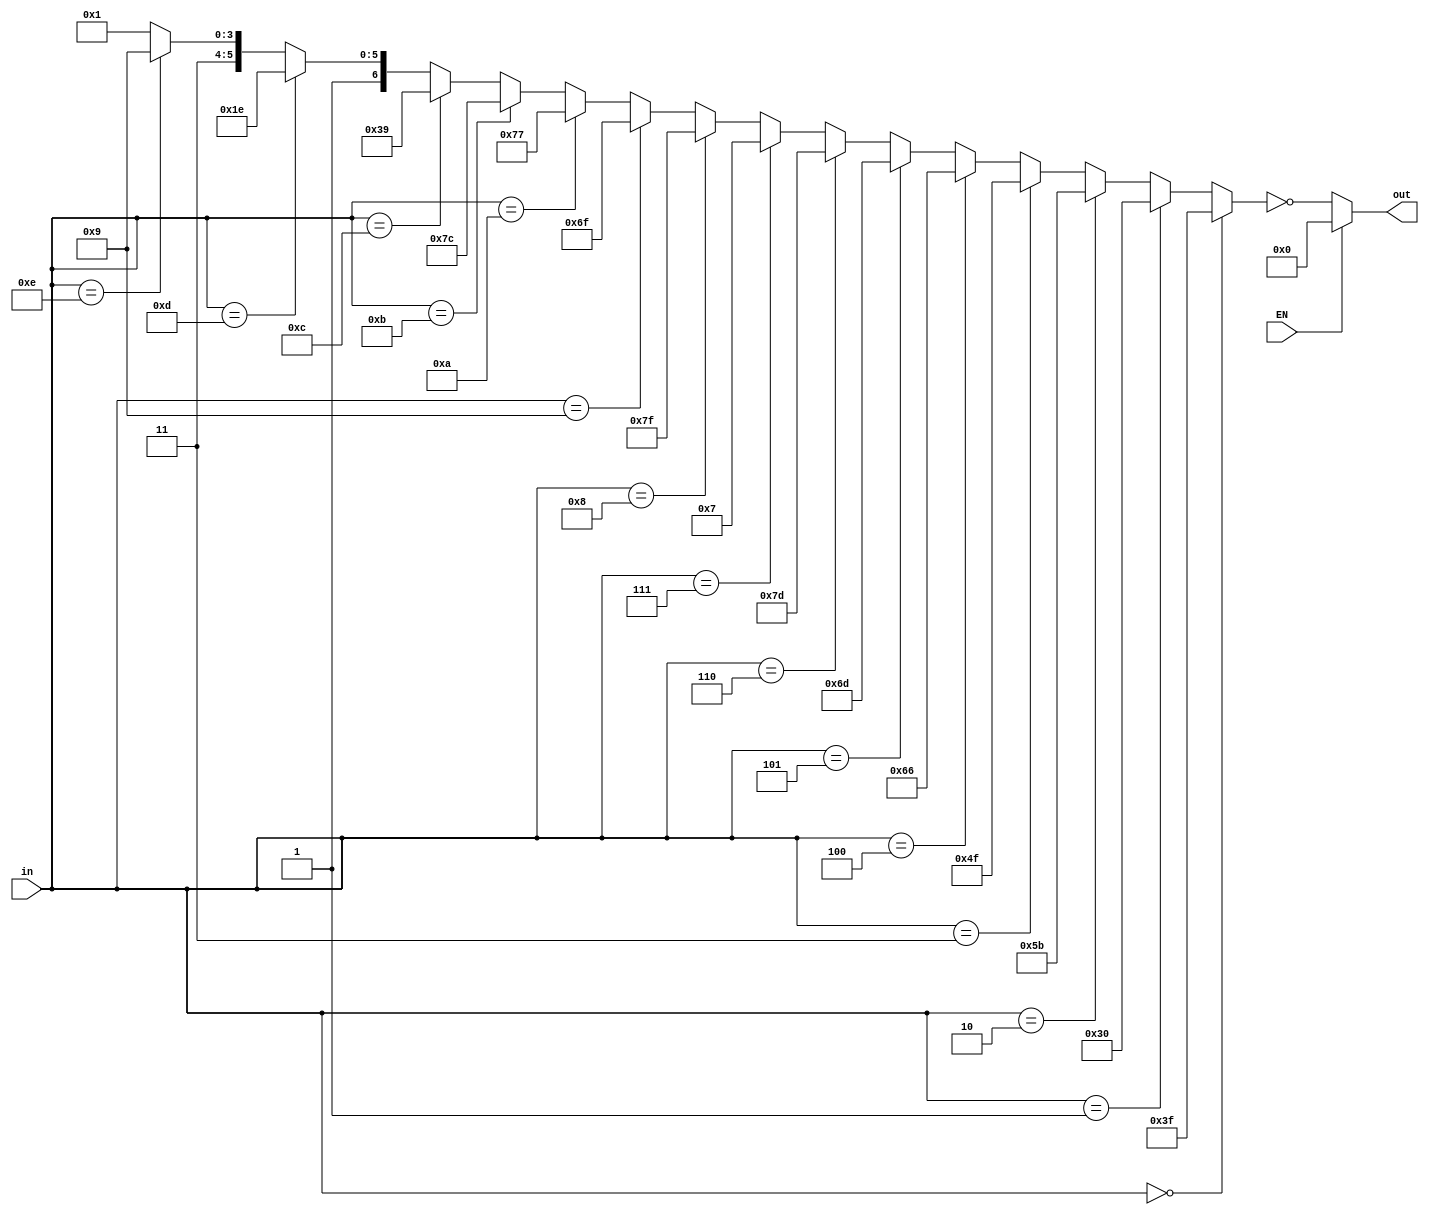
`timescale 1ns / 1ps
//////////////////////////////////////////////////////////////////////////////////
// Company: 
// Engineer: 
// 
// Design Name: 
// Module Name:    sevenseg_decoder 
// Project Name: 
// Target Devices: 
// Tool versions: 
// Description: 
//
// Dependencies: 
//
// Revision: 
// Revision 0.01 - File Created
// Additional Comments: 
//
//////////////////////////////////////////////////////////////////////////////////
module sevenseg_decoder(
    output [7:0] out,
	 input EN,
    input [3:0] in
    );
	 wire [7:0] w1;
	 assign w1= (in==4'b0000 )?  8'b00111111:
	            ( in==4'b0001 )?  8'b00110000:
					( in==4'b0010 )?  8'b01011011:
					( in==4'b0011 )?  8'b01001111:
					( in==4'b0100 )?  8'b01100110:
					( in==4'b0101 )?  8'b01101101:
					( in==4'b0110 )?  8'b01111101: 
					( in==4'b0111 )?  8'b00000111:
					( in==4'b1000 )?  8'b01111111:
					( in==4'b1001 )?  8'b01101111:
					( in==4'b1010 )?  8'b01110111:
					( in==4'b1011 )?  8'b01111100:
					( in==4'b1100 )?  8'b0111001:
					( in==4'b1101 )?  8'b01011110:
					( in==4'b1110 )?  8'b01111001: 8'b01110001;
	 assign out=(EN==0)? ~w1 : 8'b00000000;


endmodule